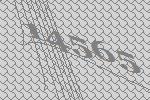
14565